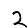
Digit: 2